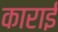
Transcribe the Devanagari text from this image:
काराई